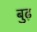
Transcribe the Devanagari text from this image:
बुढ़